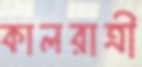
কালরাত্রী